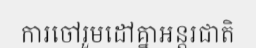
ការចៅរួមដៅគ្នាអន្តរជាតិ